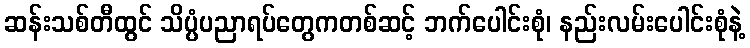
ဆန်းသစ်တီထွင် သိပ္ပံပညာရပ်တွေကတစ်ဆင့် ဘက်ပေါင်းစုံ၊ နည်းလမ်းပေါင်းစုံနဲ့